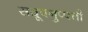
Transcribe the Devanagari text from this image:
सव्रूपनुप्पत्ती